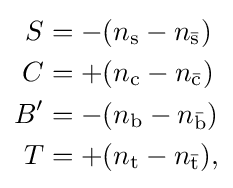
{\begin{aligned}S&=-(n_{\text{s}}-n_{\bar {\text{s}}})\\C&=+(n_{\text{c}}-n_{\bar {\text{c}}})\\B^{\prime }&=-(n_{\text{b}}-n_{\bar {\text{b}}})\\T&=+(n_{\text{t}}-n_{\bar {\text{t}}}),\end{aligned}}